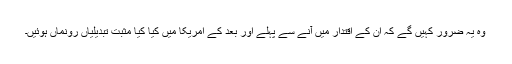
وہ یہ ضرور کہیں گے کہ اُن کے اقتدار میں آنے سے پہلے اور بعد کے امریکا میں کیا کیا مثبت تبدیلیاں رونماں ہوئیں۔